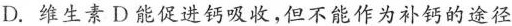
D.维生素D能促进钙吸收，但不能作为补钙的途径